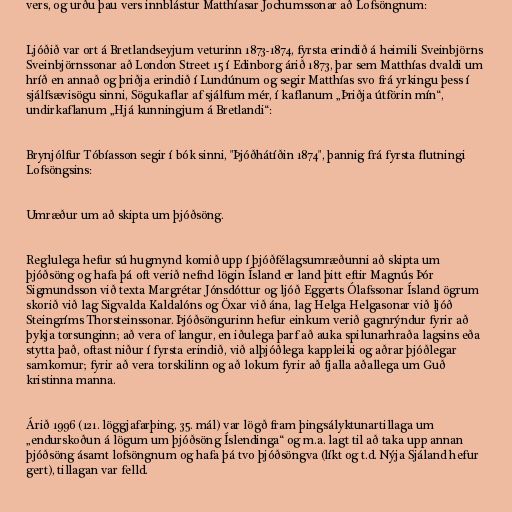
vers, og urðu þau vers innblástur Matthíasar Jochumssonar að Lofsöngnum:

Ljóðið var ort á Bretlandseyjum veturinn 1873-1874, fyrsta erindið á heimili Sveinbjörns
Sveinbjörnssonar að London Street 15 í Edinborg árið 1873, þar sem Matthías dvaldi um
hríð en annað og þriðja erindið í Lundúnum og segir Matthías svo frá yrkingu þess í
sjálfsævisögu sinni, Sögukaflar af sjálfum mér, í kaflanum „Þriðja útförin mín“,
undirkaflanum „Hjá kunningjum á Bretlandi“:

Brynjólfur Tóbíasson segir í bók sinni, "Þjóðhátíðin 1874", þannig frá fyrsta flutningi
Lofsöngsins:

Umræður um að skipta um þjóðsöng.

Reglulega hefur sú hugmynd komið upp í þjóðfélagsumræðunni að skipta um
þjóðsöng og hafa þá oft verið nefnd lögin Ísland er land þitt eftir Magnús Þór
Sigmundsson við texta Margrétar Jónsdóttur og ljóð Eggerts Ólafssonar Ísland ögrum
skorið við lag Sigvalda Kaldalóns og Öxar við ána, lag Helga Helgasonar við ljóð
Steingríms Thorsteinssonar. Þjóðsöngurinn hefur einkum verið gagnrýndur fyrir að
þykja torsunginn; að vera of langur, en iðulega þarf að auka spilunarhraða lagsins eða
stytta það, oftast niður í fyrsta erindið, við alþjóðlega kappleiki og aðrar þjóðlegar
samkomur; fyrir að vera torskilinn og að lokum fyrir að fjalla aðallega um Guð
kristinna manna.

Árið 1996 (121. löggjafarþing, 35. mál) var lögð fram þingsályktunartillaga um
„endurskoðun á lögum um þjóðsöng Íslendinga“ og m.a. lagt til að taka upp annan
þjóðsöng ásamt lofsöngnum og hafa þá tvo þjóðsöngva (líkt og t.d. Nýja Sjáland hefur
gert), tillagan var felld.